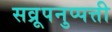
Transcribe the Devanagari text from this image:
सव्रूपनुप्पत्ती